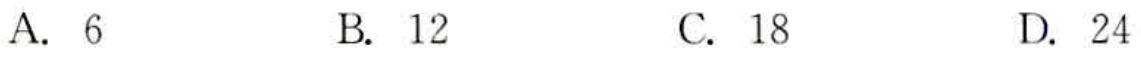
A. 6
B. 12
C. 18
D. 24